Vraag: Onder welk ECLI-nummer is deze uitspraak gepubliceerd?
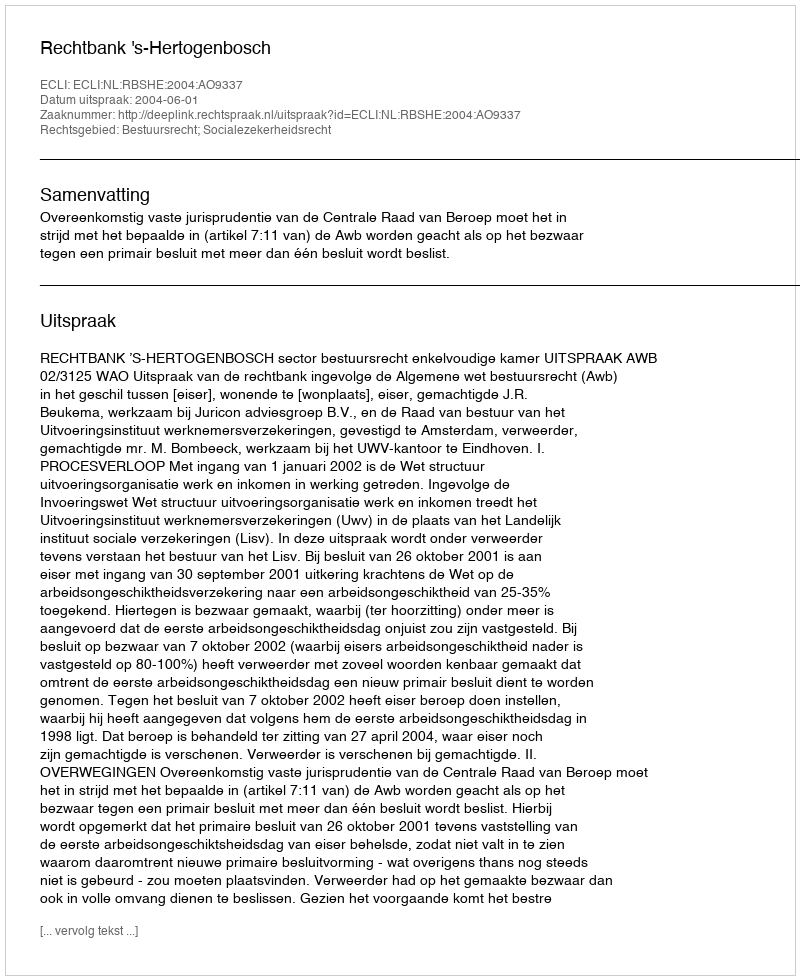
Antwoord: ECLI:NL:RBSHE:2004:AO9337